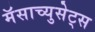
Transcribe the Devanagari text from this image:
मॅसाच्युसेट्स